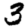
Digit: 3